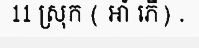
11 ស្រុក ( អាំ ភើ) .